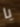
يا